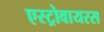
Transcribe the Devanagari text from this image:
एस्ट्रोवायरस